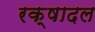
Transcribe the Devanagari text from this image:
रक्षादल